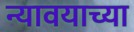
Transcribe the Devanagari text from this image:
न्यावयाच्या